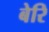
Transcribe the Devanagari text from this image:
बेरि